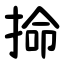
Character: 掵